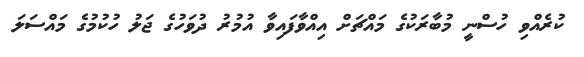
ކުރެއްވި ހުސްނީ މުބާރަކުގެ މައްޗަށް އިއްވާފައިވާ އުމުރު ދުވަހުގެ ޖަލު ހުކުމުގެ މައްސަލަ